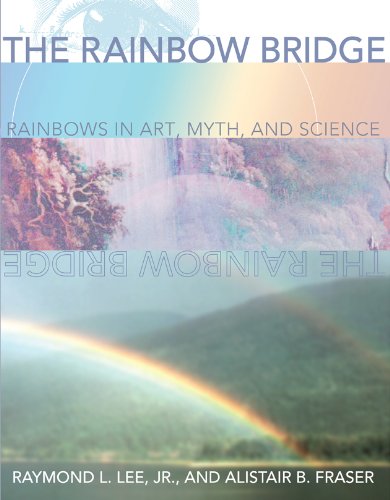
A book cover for The Rainbow Bridge: Rainbows in Art, Myth, and Science; Raymond L. Lee Jr; Science & Math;